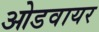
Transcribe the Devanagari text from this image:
ओडवायर